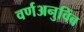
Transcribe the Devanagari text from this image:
वर्णअनुविंब